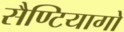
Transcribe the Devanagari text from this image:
सैण्टियागो